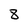
Character: 8